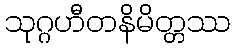
သုဂ္ဂဟီတနိမိတ္တဿ